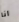
انا